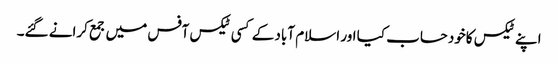
اپنے ٹیکس کاخودحساب کیا اور اسلام آباد کے کسی ٹیکس آفس میں جمع کرانے گئے۔